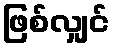
ဖြစ်လျှင်